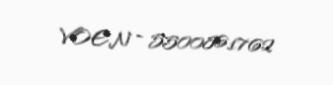
VOEN - 5500861762